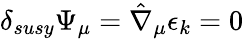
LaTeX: \delta_{susy}\Psi_{\mu}=\hat{\nabla}_{\mu}\epsilon_{k}=0